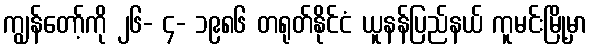
ကျွန်တော့်ကို ၂၆- ၄- ၁၉၈၆ တရုတ်နိုင်ငံ ယူနန်ပြည်နယ် ကူမင်းမြို့မှာ